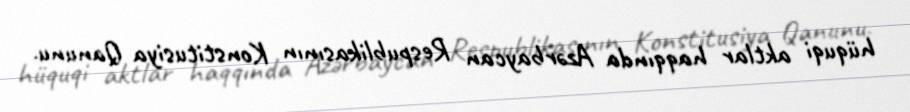
hüquqi aktlar haqqında Azərbaycan Respublikasının Konstitusiya Qanunu.